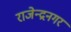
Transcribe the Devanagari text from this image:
राजेन्द्रनगर